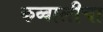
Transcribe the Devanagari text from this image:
कव्वालीचा